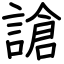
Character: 謒